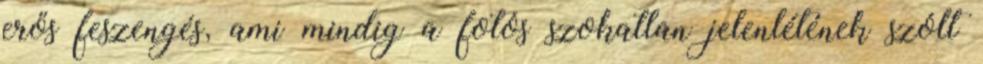
erős feszengés, ami mindig a fotós szokatlan jelenlétének szólt